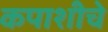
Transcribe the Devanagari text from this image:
कपाशीचे